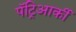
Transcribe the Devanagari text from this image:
पॅट्रिआर्की